Dysentery in Hazaribagh Central Jail - Number 52
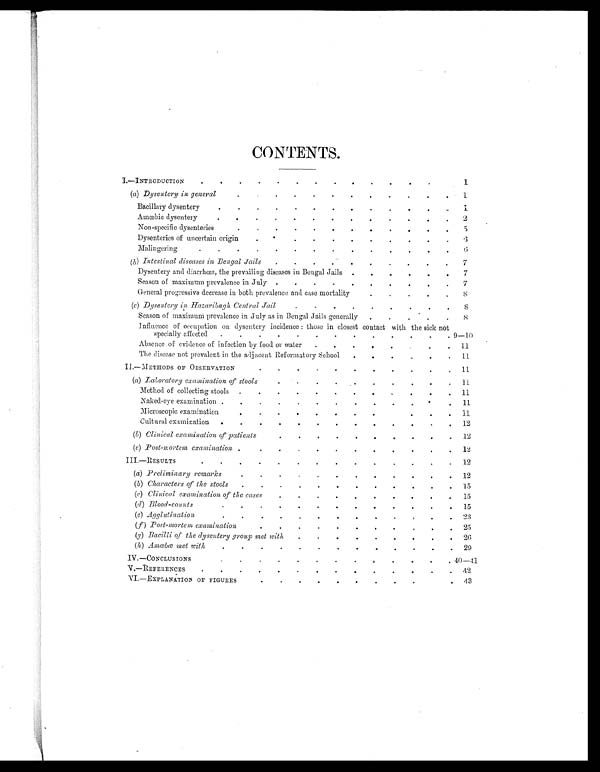
CONTENTS.
I.—INTRODUCTION
.
.
. .
.
.
. .
.
.
.
.
.
. 1
(a) Dysentery in general
.
.
.
.
. .
.
.
. .
.
.
1
Bacillary dysentery
.
. .
. .
.
. .
.
.
.
.
.
1
Amœbic dysentery
.
. .
.
.
. .
.
.
. .
.
.
2
Non-specific dysenteries
. .
.
.
. .
.
. .
.
.
.
5
Dysenteries of uncertain origin
.
.
.
. .
.
.
.
.
.
.
6
Malingering
.
.
. .
.
.
. .
.
.
.
.
.
.
6
(b) Intestinal diseases in Bengal Jail
. .
. .
.
.
.
.
.
.
7
Dysentery and diarrhœa, the prevailing diseases in Bengal Jails
.
.
.
.
.
.
7
Season of maximum prevalence in July
.
.
. .
.
.
.
.
.
.
7
General progressive decrease in both prevalence and case mortality
.
.
.
.
.
8
(c) Dysentery in Hazaribagh Central Jail
.
. .
.
.
.
.
.
. 8
Season of maximum prevalence in July as in Bengal Jails generally
.
.
.
.
.
8
Influence of occupation on dysentery incidence: those in closest contact with the sick not
specially affected
.
.
. .
.
.
. .
.
.
.
.
. 9—10
Absence of evidence of infection by food or water
. .
.
.
. .
.
. 11
The disease not prevalent in the adjacent Reformatory School
.
.
.
.
.
. 11
II.—METHODS OF OBSERVATION
.
. .
.
.
.
.
. .
.
. 11
(a) Laboratory examination of stools
.
.
.
.
.
.
.
. .
. 11
Method of collecting stools
.
.
.
.
.
.
.
.
.
.
. 11
Naked-eye examination .
.
.
.
.
.
.
.
.
.
. .
. 11
Microscopic examination
.
.
.
.
.
.
.
.
.
. .
. 11
Cultural examination
.
.
.
.
.
.
.
.
.
.
. .
. 12
(b) Clinical examination of patients
.
.
.
.
.
.
.
. .
. 12
(c) Post-mortem examination
.
.
.
.
.
.
.
.
.
. .
. 12
III.—RESULTS
.
.
.
.
. .
.
.
.
.
.
. .
. 12
(a) Preliminary remarks
.
.
.
.
.
.
.
.
.
. .
. 12
( b) Characters of the stools
.
.
.
.
.
.
.
.
.
. .
. 15
(c) Clinical examination of the cases
.
.
.
.
.
.
.
. .
. 15
(d) Blood-counts
.
.
.
.
.
.
.
.
.
.
. .
. 15
(e) Agglutination
.
.
.
.
.
.
.
.
.
.
. .
. 23
(f ) Post-mortem examination
.
.
.
.
.
.
.
.
. .
. 25
(g) Bacilli of the dysentery group met with
.
.
.
.
.
.
.
.
. 26
(h) Amœbæ met with
.
.
.
.
.
.
.
.
. .
. .
. 29
IV.—CONCLUSIONS
.
.
.
.
.
.
.
.
.
.
. .
. 40—41
V.—REFERENCES
.
.
.
.
.
.
.
.
.
.
.
. .
. 42
VI.—EXPLANATION OF FIGURES
.
.
.
.
.
.
.
.
. .
.
43